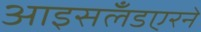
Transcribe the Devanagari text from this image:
आइसलँडएरने